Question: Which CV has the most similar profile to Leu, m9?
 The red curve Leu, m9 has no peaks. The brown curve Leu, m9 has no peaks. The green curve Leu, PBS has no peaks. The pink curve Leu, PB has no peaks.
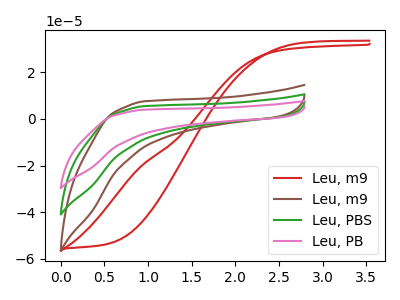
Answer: <think>Neither "Leu, m9" or "Leu, m9" have any peaks. Neither "Leu, m9" or "Leu, PBS" have any peaks. Neither "Leu, m9" or "Leu, PB" have any peaks. Neither "Leu, m9" or "Leu, PBS" have any peaks. Neither "Leu, m9" or "Leu, PB" have any peaks. Neither "Leu, PBS" or "Leu, PB" have any peaks.
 </think>
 <answer>"Leu, m9", "Leu, PBS" and "Leu, PB" have a similar shape to "Leu, m9".</answer>
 <eval>"Leu, m9" "Leu, PBS" "Leu, PB"</eval>